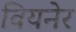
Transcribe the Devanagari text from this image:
वियनेर